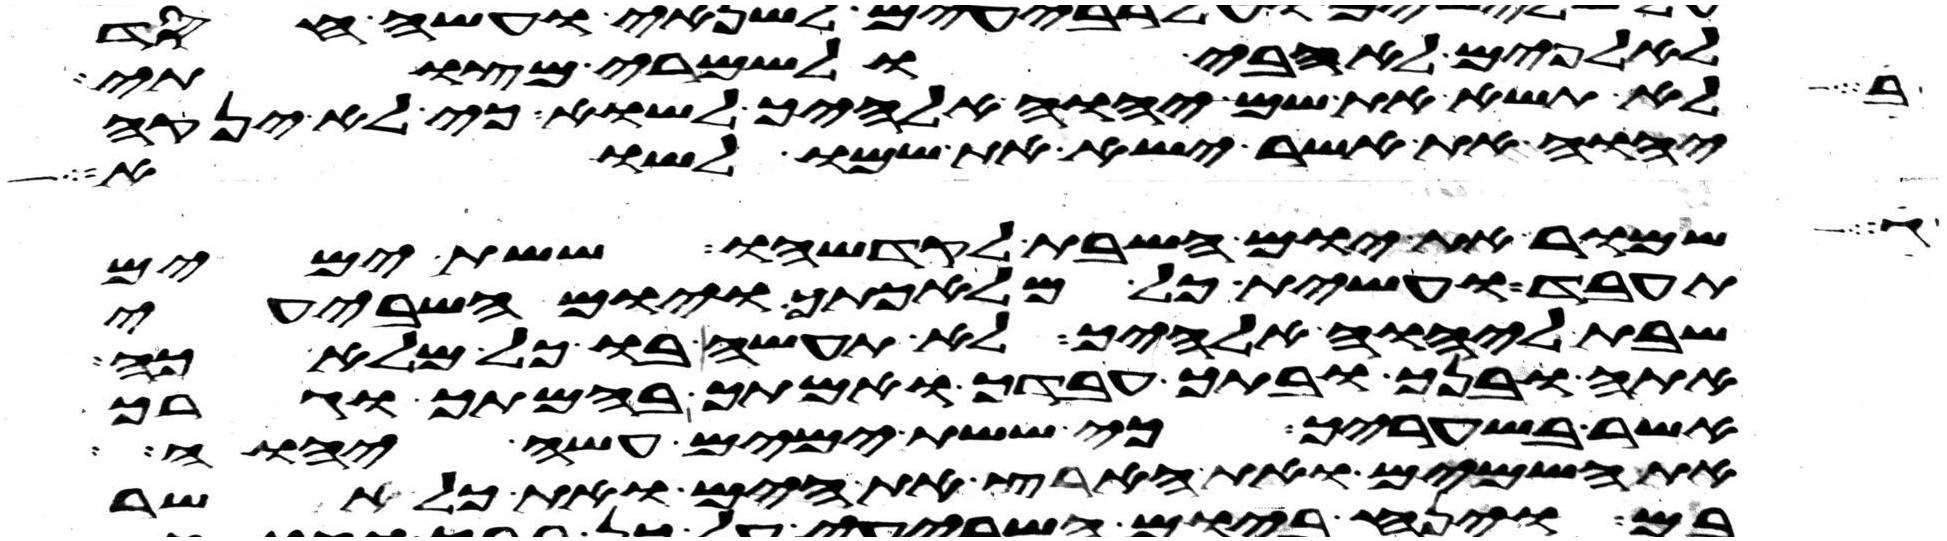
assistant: לא תשא את שם יהוה אלהיך לשוא כי לא ינקה
לאלפים לאהבי ולשמרי מצותי
יהוה את אשר ישא את שמו לשוא
שמור את יום השבת לקדשהו ששת ימים
תעבד ועשית כל מלאכתך ויום השביעי
שבת ליהוה אלהיך לא תעשה בו כל מלאכה
אתה ובנך ובתך עבדך ואמתך בהמתך וגרך
אשר בשעריך כי ששת ימים עשה יהוה
את השמים ואת הארץ את הים ואת כל אשר